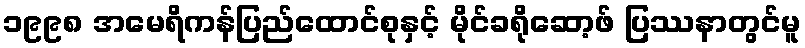
၁၉၉၈ အမေရိကန်ပြည်ထောင်စုနှင့် မိုင်ခရိုဆော့ဖ် ပြဿနာတွင်မူ